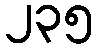
၂၃၅